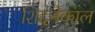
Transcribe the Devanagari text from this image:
शिदनेकाल